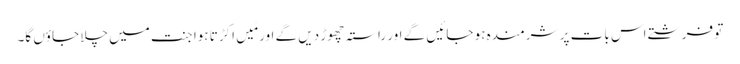
تو فرشتے اس بات پر شرمندہ ہو جائیں گے اور راستہ چھوڑ دیں گے اور مَیں اکڑتا ہوا جنت میں چلا جاؤں گا۔